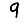
Digit: 9